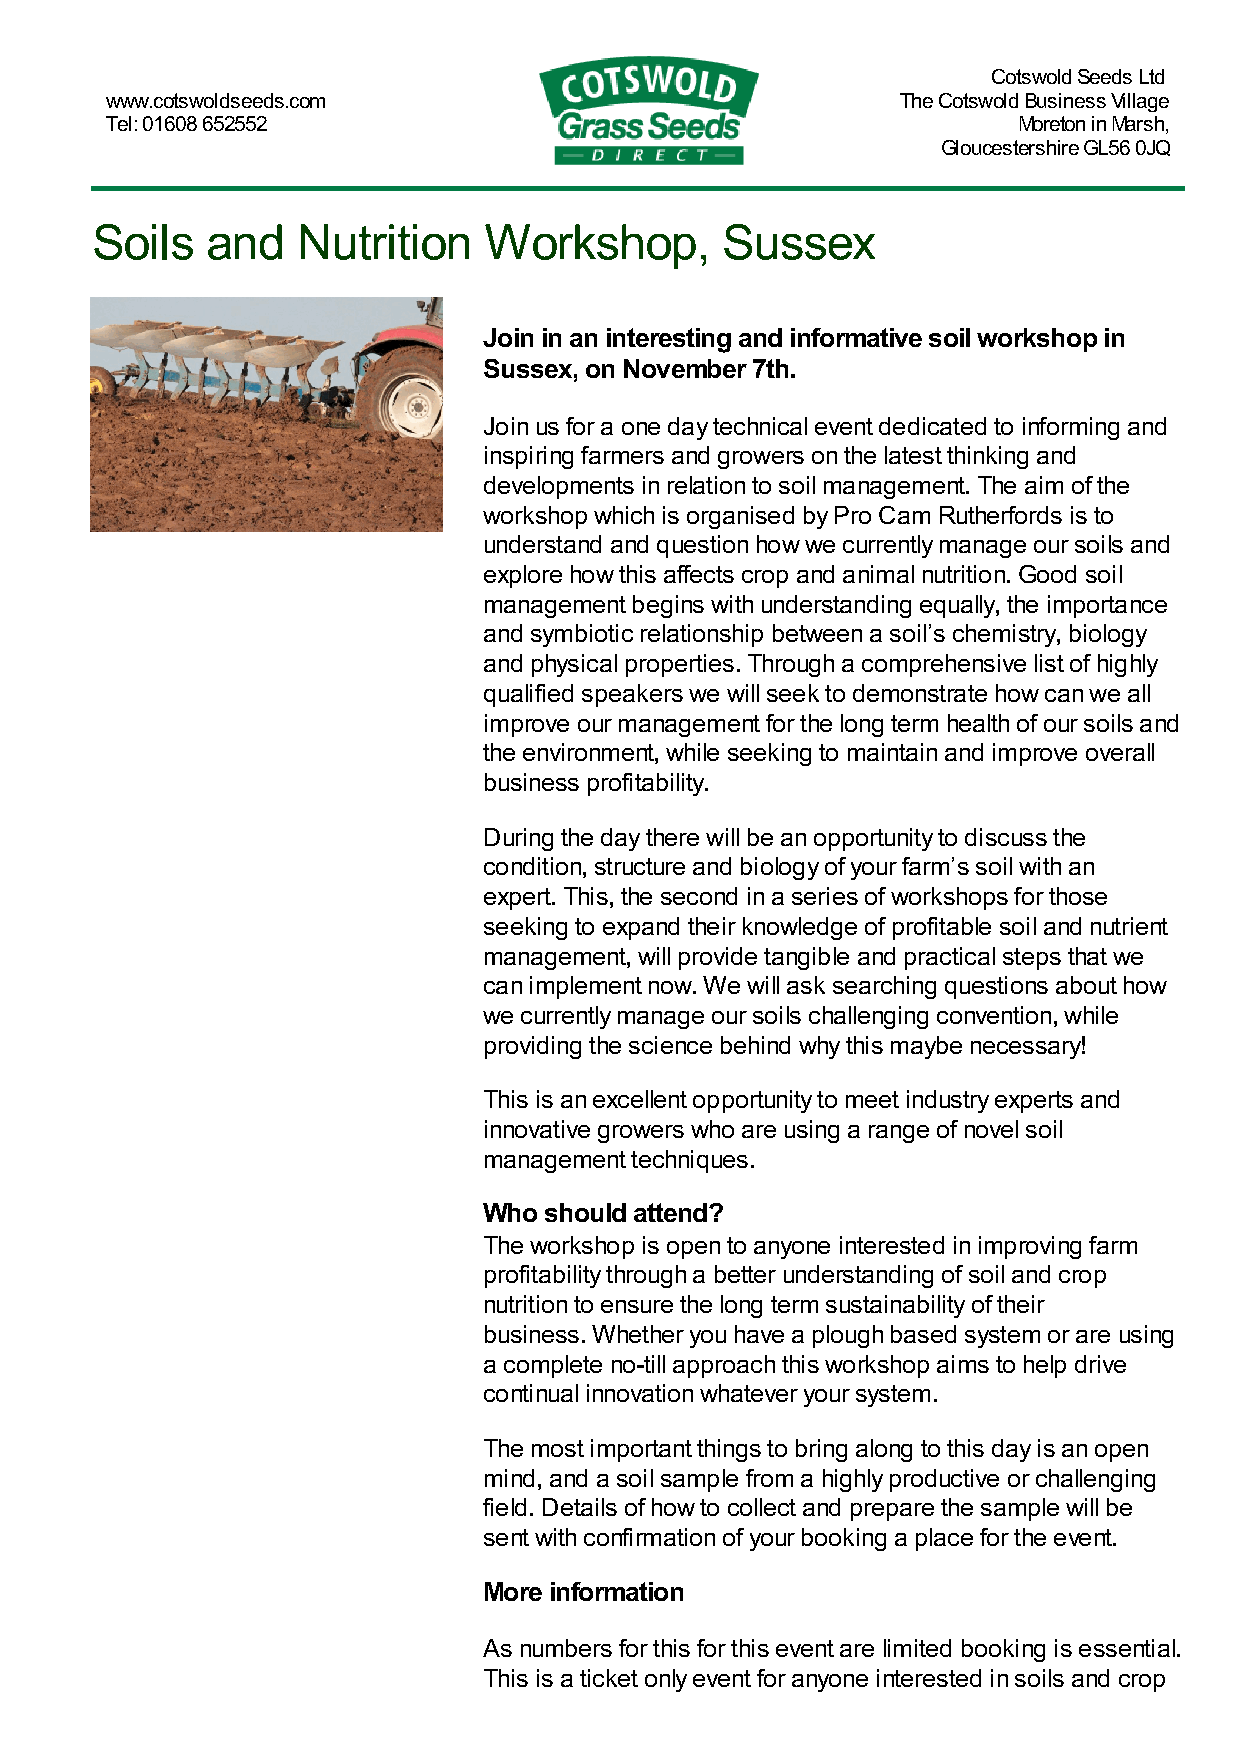
Cotswold Seeds Ltd
 www.cotswoldseeds.com                                The Cotswold Business Village
 Tel: 01608 652552                                           Moreton in Marsh,
 Gloucestershire GL56 0JQ
 Soils   and   Nutrition   Workshop,       Sussex
 Join in an interesting and informative soil workshop in
 Sussex, on November 7th.
 Join us for a one day technical event dedicated to informing and
 inspiring farmers and growers on the latest thinking and
 developments in relation to soil management. The aim of the
 workshop which is organised by Pro Cam Rutherfords is to
 understand and question how we currently manage our soils and
 explore how this affects crop and animal nutrition. Good soil
 management begins with understanding equally, the importance
 and symbiotic relationship between a soil’s chemistry, biology
 and physical properties. Through a comprehensive list of highly
 qualified speakers we will seek to demonstrate how can we all
 improve our management for the long term health of our soils and
 the environment, while seeking to maintain and improve overall
 business profitability.
 During the day there will be an opportunity to discuss the
 condition, structure and biology of your farm’s soil with an
 expert. This, the second in a series of workshops for those
 seeking to expand their knowledge of profitable soil and nutrient
 management, will provide tangible and practical steps that we
 can implement now. We will ask searching questions about how
 we currently manage our soils challenging convention, while
 providing the science behind why this maybe necessary!
 This is an excellent opportunity to meet industry experts and
 innovative growers who are using a range of novel soil
 management techniques.
 Who should attend?
 The workshop is open to anyone interested in improving farm
 profitability through a better understanding of soil and crop
 nutrition to ensure the long term sustainability of their
 business. Whether you have a plough based system or are using
 a complete no-till approach this workshop aims to help drive
 continual innovation whatever your system.
 The most important things to bring along to this day is an open
 mind, and a soil sample from a highly productive or challenging
 field. Details of how to collect and prepare the sample will be
 sent with confirmation of your booking a place for the event.
 More information
 As numbers for this for this event are limited booking is essential.
 This is a ticket only event for anyone interested in soils and crop